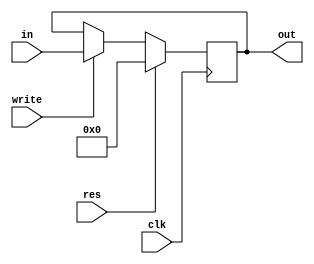
`timescale 1ns / 1ps
//////////////////////////////////////////////////////////////////////////////////
// Company: 
// Engineer: 
// 
// Design Name: 
// Module Name: PC
// Project Name: 
// Target Devices: 
// Tool Versions: 
// Description: 
// 
// Dependencies: 
// 
// Revision:
// Revision 0.01 - File Created
// Additional Comments:
// 
//////////////////////////////////////////////////////////////////////////////////



module PC(
input clk,res, write,
input [31:0] in,
output reg [31:0] out);

    always @(posedge clk ) 
    begin
        if (res == 1)
            out = 0;
        else if (write == 1)
            out = in;
    end
endmodule